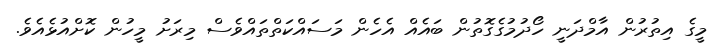
މީގެ އިތުރުން އާމްދަނީ ހޯދުމުގެގޮތުން ބައެއް އެހެން މަސައްކަތްތައްވެސް މިރަށު މީހުން ކޮށްއުޅެއެވެ.